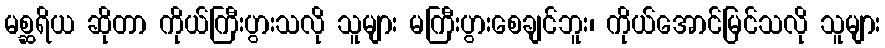
မစ္ဆရိယ ဆိုတာ ကိုယ်ကြီးပွားသလို သူများ မကြီးပွားစေချင်ဘူး၊ ကိုယ်အောင်မြင်သလို သူများ